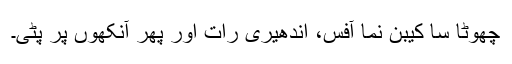
چھوٹا سا کیبن نما آفس، اندھیری رات اور پھر آنکھوں پر پٹی۔